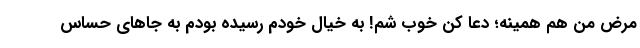
مرض من هم همینه؛ دعا کن خوب شم! به خیال خودم رسیده بودم به جاهای حساس